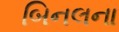
બિનલના